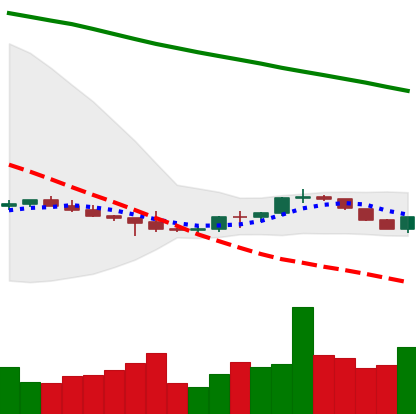
Ticker: BTC-USD
Chart end date: 2022-07-13
Forward return: 11.249%
Label: up_7plus